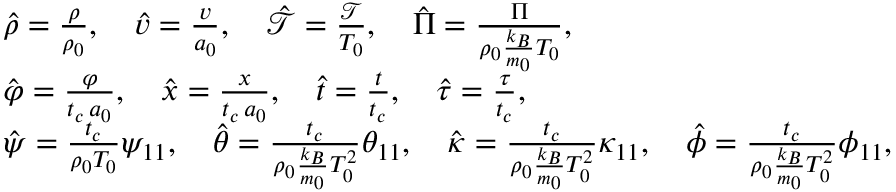
\begin{array} { r l } & { \hat { \rho } = \frac { \rho } { \rho _ { 0 } } , \quad \hat { v } = \frac { v } { a _ { 0 } } , \quad \hat { \mathcal { T } } = \frac { \mathcal { T } } { T _ { 0 } } , \quad \hat { \Pi } = \frac { \Pi } { \rho _ { 0 } \frac { k _ { B } } { m _ { 0 } } T _ { 0 } } , } \\ & { \hat { \varphi } = \frac { \varphi } { t _ { c } \, a _ { 0 } } , \quad \hat { x } = \frac { x } { t _ { c } \, a _ { 0 } } , \quad \hat { t } = \frac { t } { t _ { c } } , \quad \hat { \tau } = \frac { \tau } { t _ { c } } , } \\ & { \hat { \psi } = \frac { t _ { c } } { \rho _ { 0 } T _ { 0 } } \psi _ { 1 1 } , \quad \hat { \theta } = \frac { t _ { c } } { \rho _ { 0 } \frac { k _ { B } } { m _ { 0 } } T _ { 0 } ^ { 2 } } \theta _ { 1 1 } , \quad \hat { \kappa } = \frac { t _ { c } } { \rho _ { 0 } \frac { k _ { B } } { m _ { 0 } } T _ { 0 } ^ { 2 } } \kappa _ { 1 1 } , \quad \hat { \phi } = \frac { t _ { c } } { \rho _ { 0 } \frac { k _ { B } } { m _ { 0 } } T _ { 0 } ^ { 2 } } \phi _ { 1 1 } , \quad } \end{array}